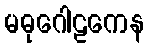
မဓုဂေါဠကေန